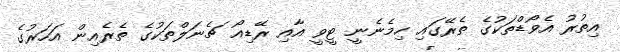
އިތުރު އެވޯޑްތަކުގެ ތެރޭގައި ހިމެނެނީ ޓީވީ އާއި ރޭޑިއޯ ޗެނަލްތަކުގެ ތެރެއިން އަހަރުގެ